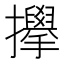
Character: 𫾜